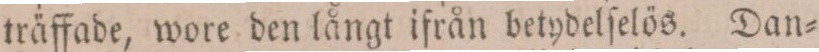
träffade, wore den långt ifrån betydelſelös. Dan=